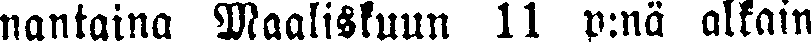
nantaina Maaliskuun 11 p:nä alkain